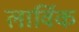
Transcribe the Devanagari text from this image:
लार्विक